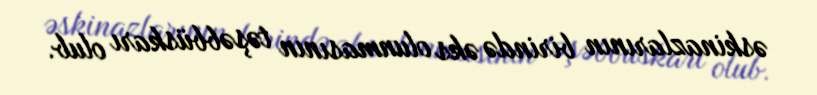
əskinazlarının birində əks olunmasının təşəbbüskarı olub.